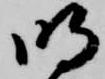
明